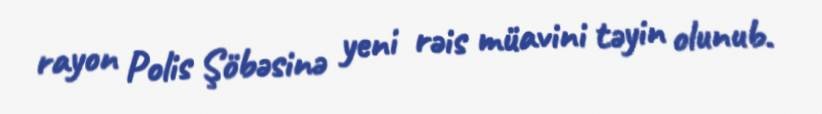
rayon Polis Şöbəsinə yeni rəis müavini təyin olunub.